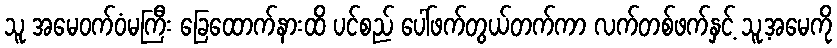
သူ အမေဝက်ဝံမကြီး ခြေထောက်နားထိ ပင်စည် ပေါ်ဖက်တွယ်တက်ကာ လက်တစ်ဖက်နှင့် သူ့အမေကို